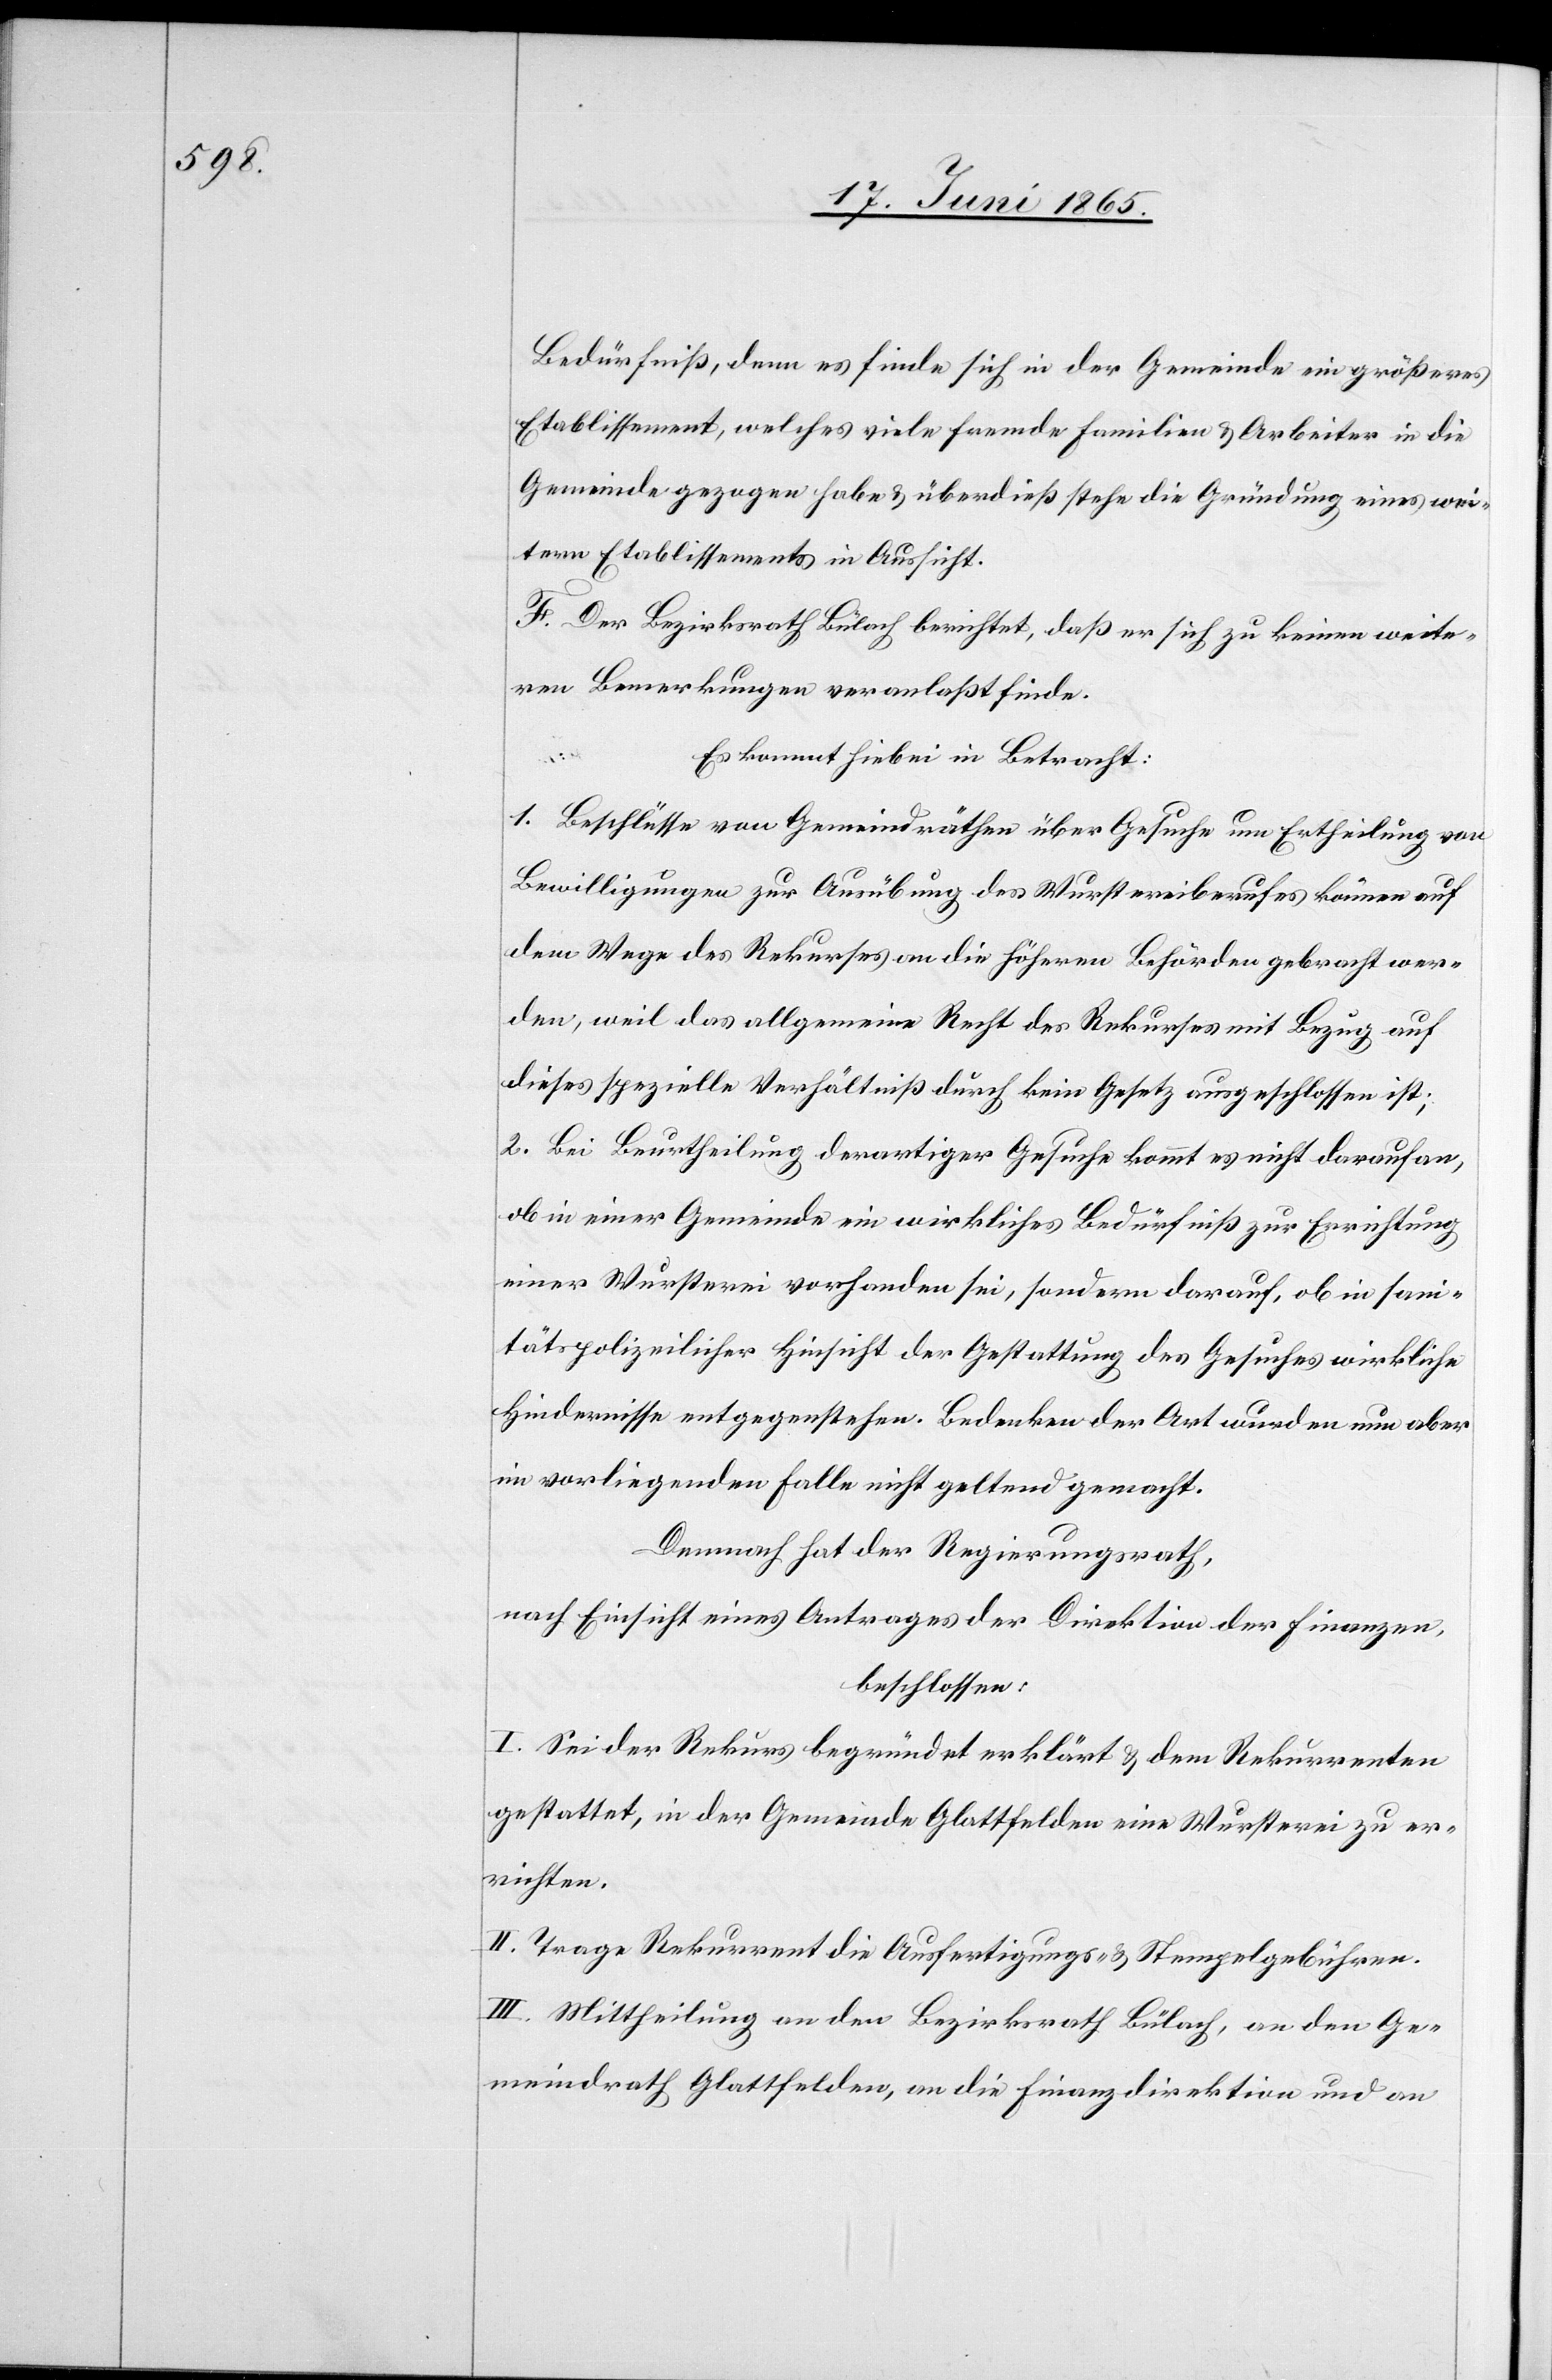
Bedürfniß, denn es finde sich in der Gemeinde ein größeres
Etablissement, welches viele fremde Familien & Arbeiter in die
Gemeinde gezogen habe & überdieß stehe die Gründung eines wei¬
tern Etablissements in Aussicht.
F. Der Bezirksrath Bülach berichtet, daß er sich zu keinen weite¬
ren Bemerkungen veranlaßt finde.
Es kommt hiebei in Betracht:
1. Beschlüsse von Gemeindräthen über Gesuche um Ertheilung von
Bewilligungen zur Ausübung des Wurstereiberufes können auf
dem Wege des Rekurses an die höheren Behörden gebracht wer¬
den, weil das allgemeine Recht des Rekurses mit Bezug auf
dieses spezielle Verhältniß durch kein Gesetz ausgeschlossen ist;
2. Bei Beurtheilung derartiger Gesuche kommt es nicht darauf an,
ob in einer Gemeinde ein wirkliches Bedürfniß zur Errichtung
einer Wursterei vorhanden sei, sondern darauf, ob in sani¬
tätspolizeilicher Hinsicht der Gestattung des Gesuches wirkliche
Hindernisse entgegenstehen. Bedenken der Art wurden nun aber
im vorliegenden Falle nicht geltend gemacht.
Demnach hat der Regierungsrath,
nach Einsicht eines Antrages der Direktion der Finanzen,
beschlossen:
I. Sei der Rekurs begründet erklärt & dem Rekurrenten
gestattet, in der Gemeinde Glattfelden eine Wursterei zu er¬
richten.
II. Trage Rekurrent die Ausfertigungs- & Stempelgebühren.
III. Mittheilung an den Bezirksrath Bülach, an den Ge¬
meindrath Glattfelden, an die Finanzdirektion und an